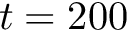
t = 2 0 0